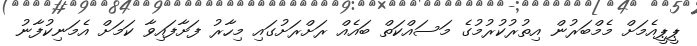
ޕީޕީއެމަށް މެމްބަރުން އިތުރުކުރުމުގެ މަސައްކަތް ބައެއް ރަށްރަށުގައި މިހާރު ފަށާފައިވާ ކަމަށް އެމަނިކުފާނު